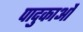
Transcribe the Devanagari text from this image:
पादुकाओं